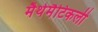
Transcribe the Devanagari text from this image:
मैथेमैटिकली